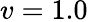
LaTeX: v=1.0